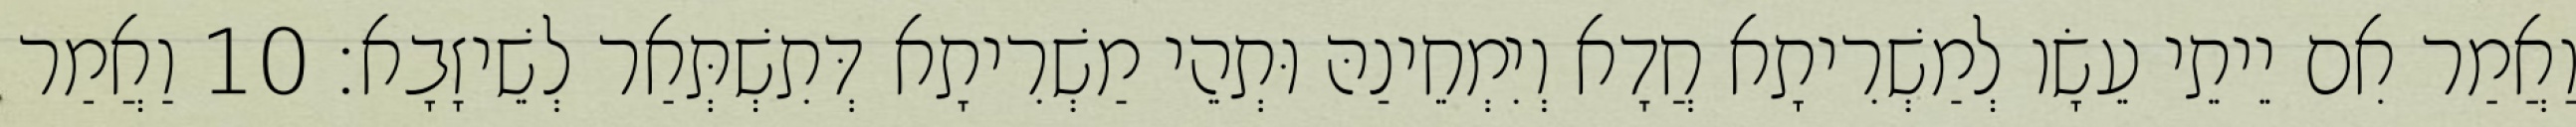
וַאֲמַר אִם יֵיתֵי עֵשָׂו לְמַשְׁרִיתָא חֲדָא וְיִמְחֵינַהּ וּתְהֵי מַשְׁרִיתָא דְּתִשְׁתְּאַר לְשֵׁיזָבָא׃ 10 וַאֲמַר